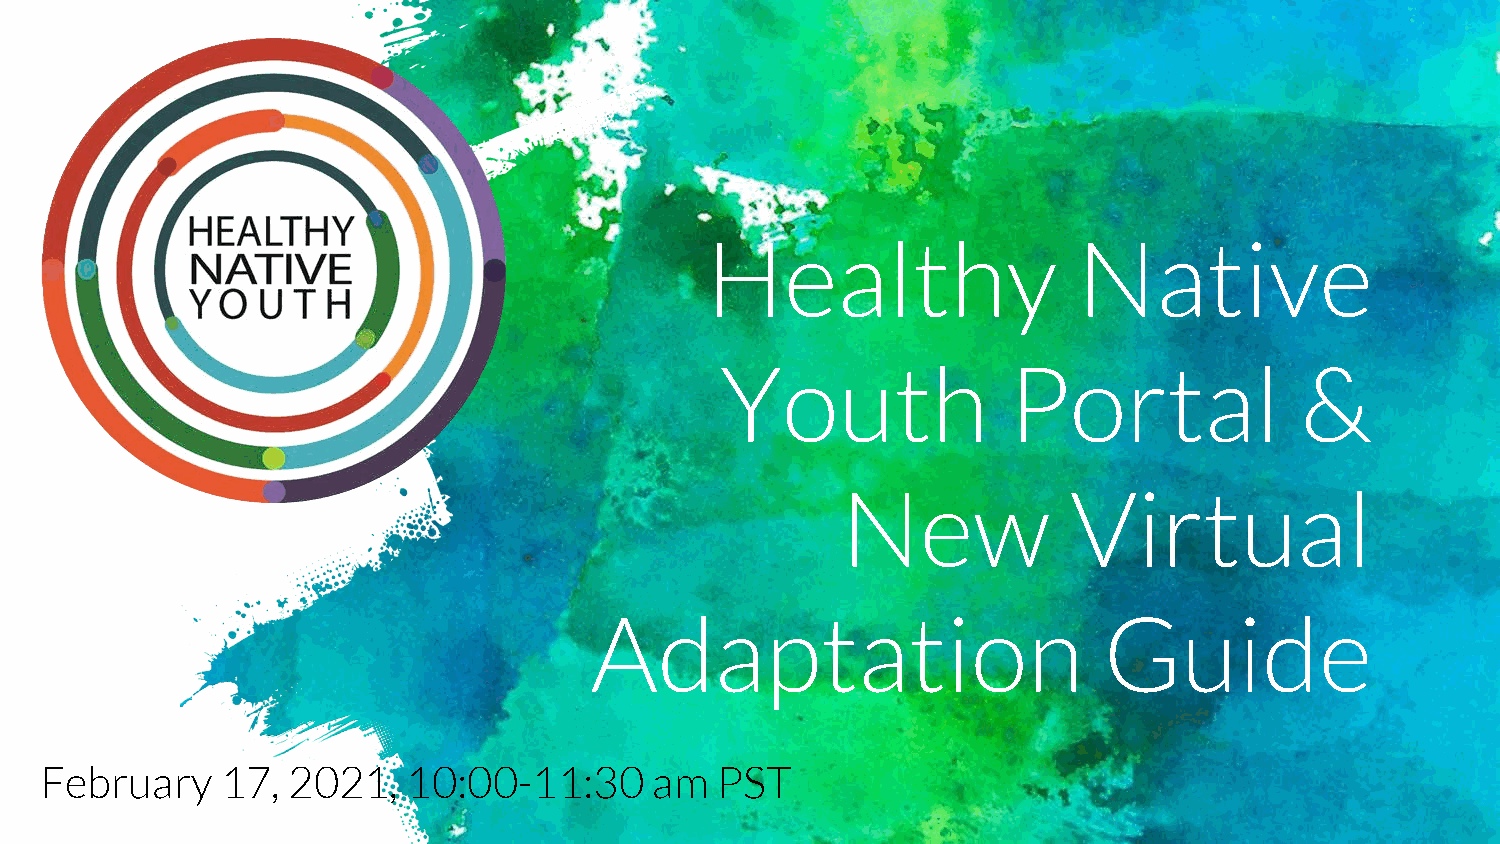
Healthy                 Native
 Youth              Portal             &
 New            Virtual
 Adaptation                        Guide
 February    17, 2021,   10:00-11:30     am  PST